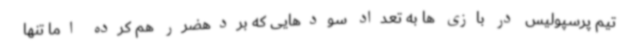
تیم پرسپولیس در بازی ها به تعداد سودهایی که بردهضرر هم کرده اما تنها